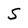
Character: S